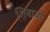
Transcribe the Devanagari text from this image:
शिबाजी